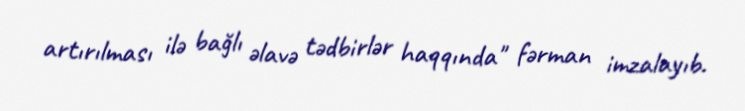
artırılması ilə bağlı əlavə tədbirlər haqqında" fərman imzalayıb.